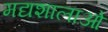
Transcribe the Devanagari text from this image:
मद्यशालाओं